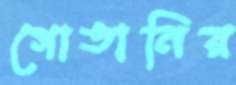
গোঙানির